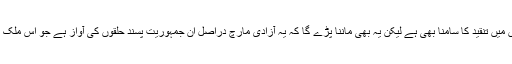
مولانا فضل الرحمان کو ان کے ماضی کی وجہ سے کئی حلقوں میں تنقید کا سامنا بھی ہے لیکن یہ بھی ماننا پڑے گا کہ یہ آزادی مارچ دراصل ان جمہوریت پسند حلقوں کی آواز ہے جو اس ملک میں حقیقی جمہوریت اور عوام کی حکمرانی کے خواہشمند ہیں۔